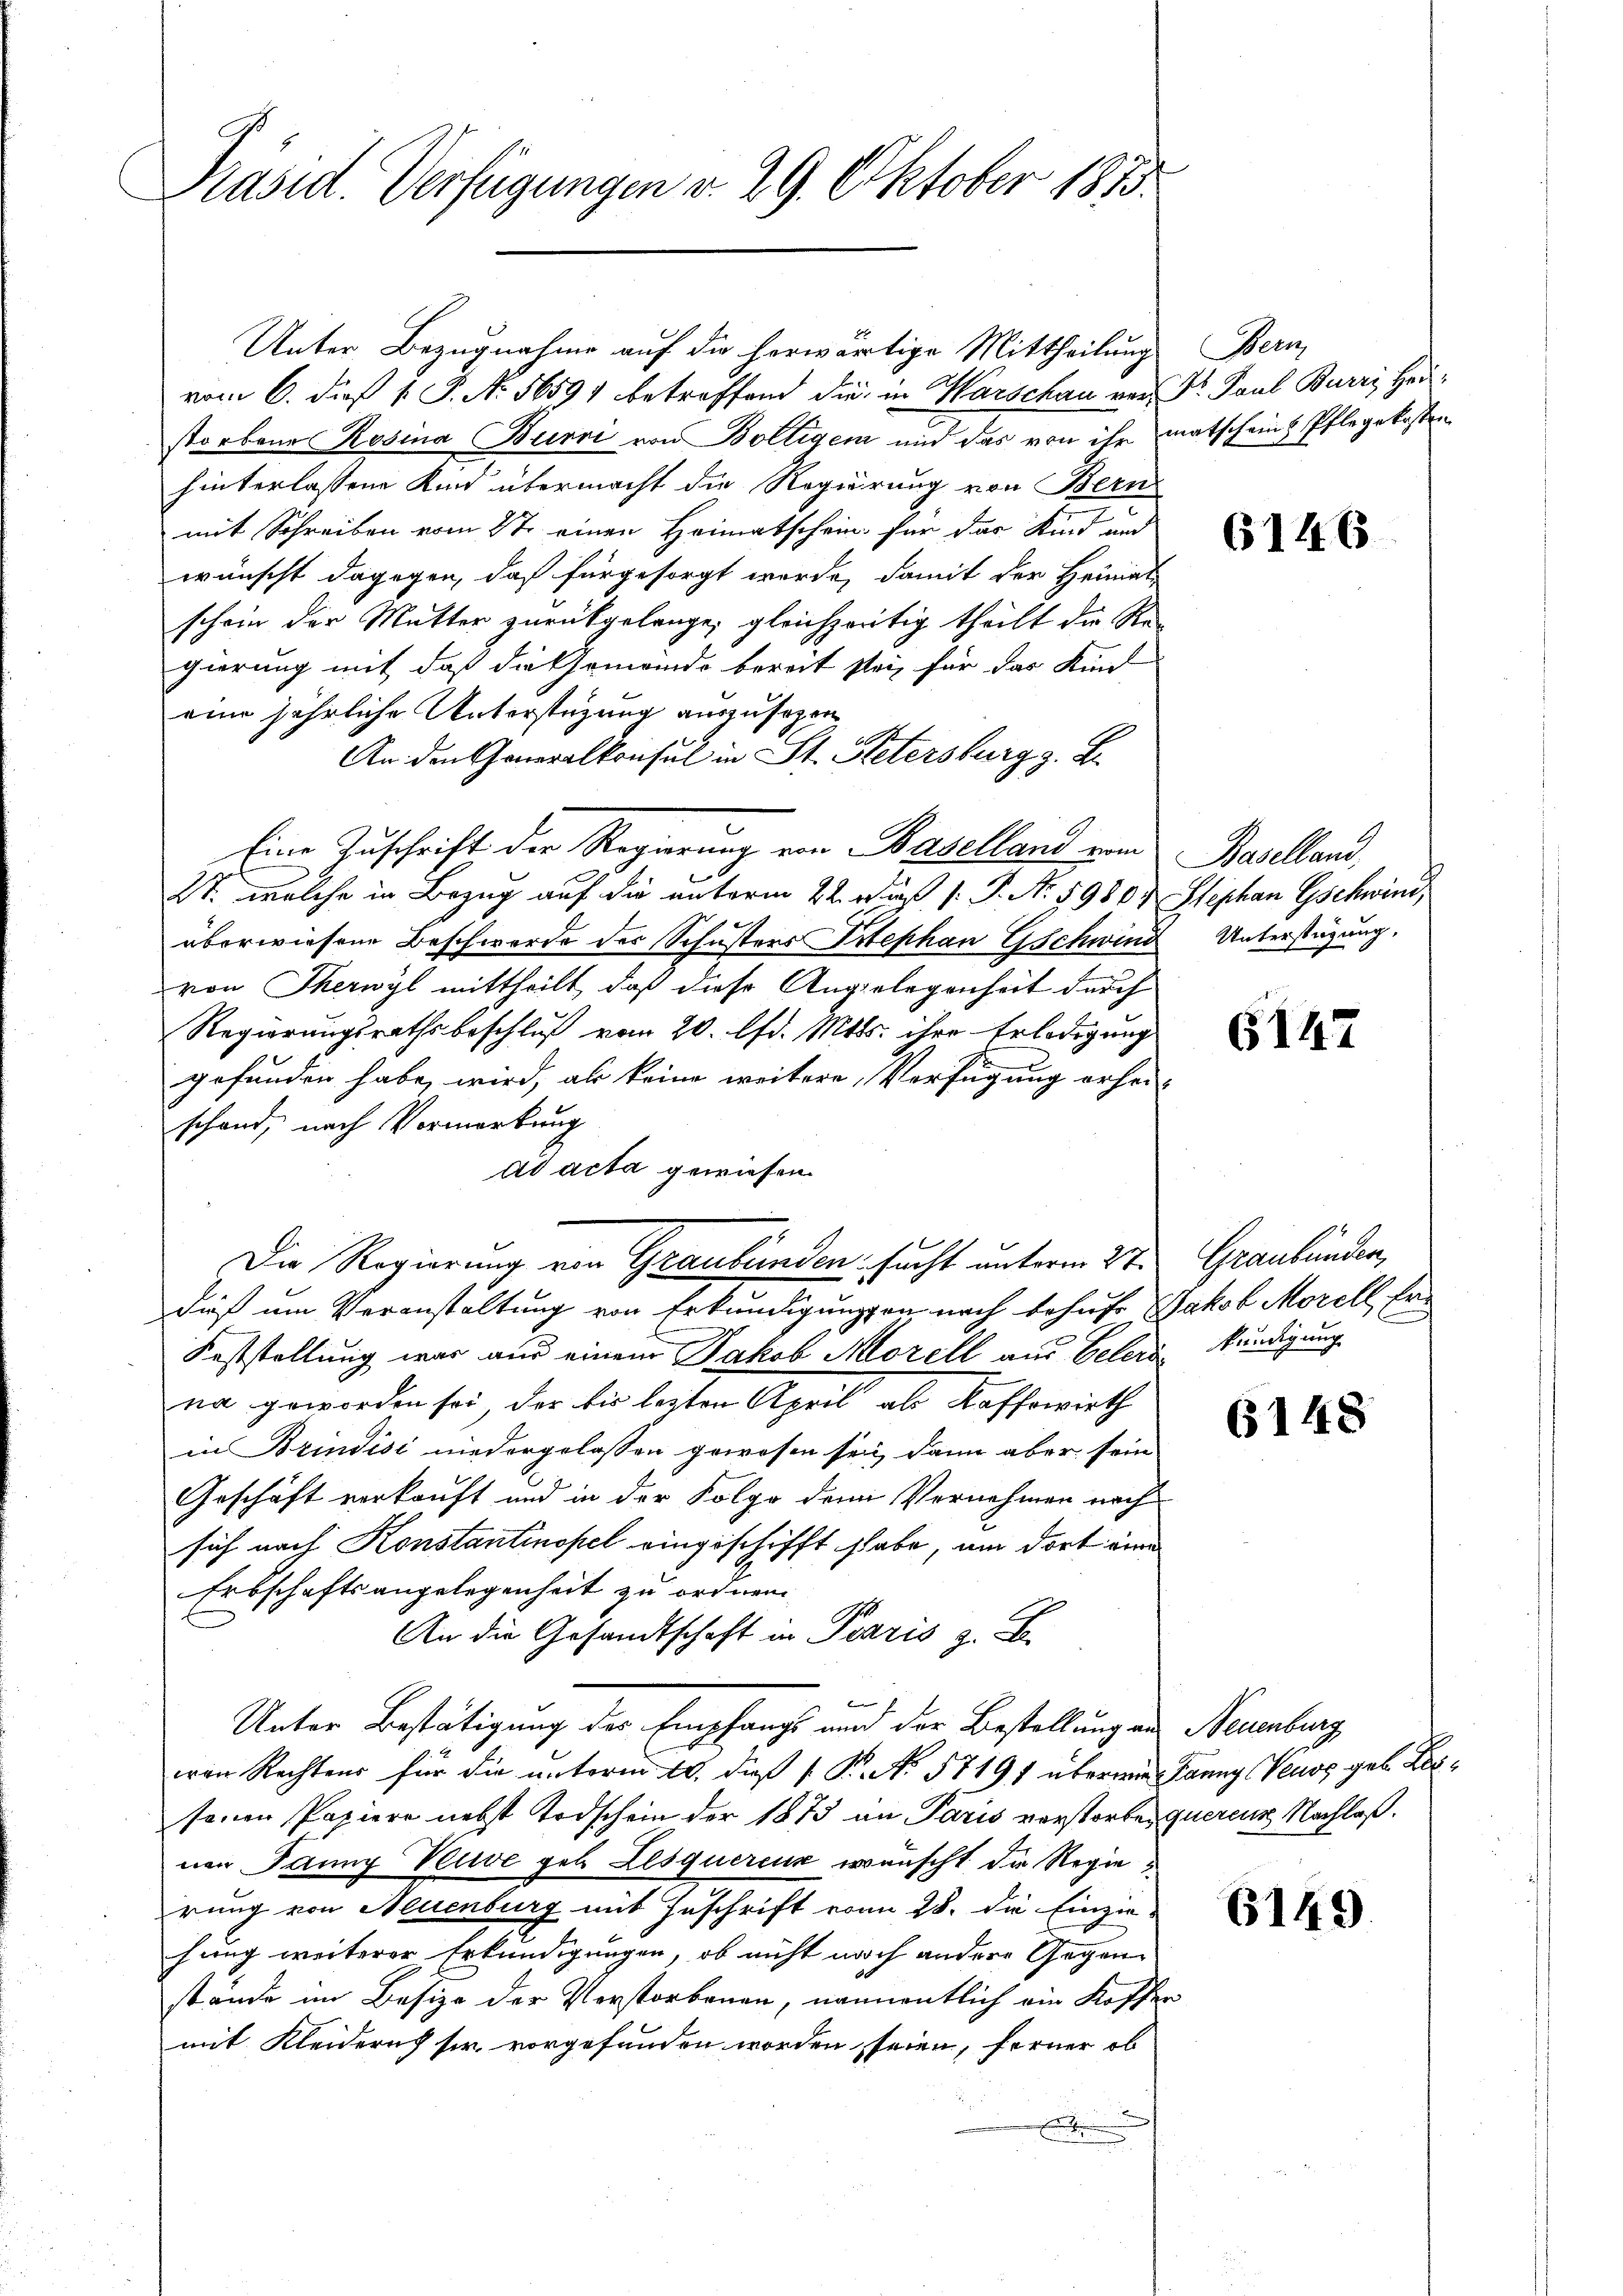
Präsid. Verfügungen v. 29. Oktober 1813.

Unter Bezugnahme auf die herwärtige Mittheilung
vom 6. dieß v. J. No. 5659 betreffend die in Warschau vor Dr. Paul Burri Herstorbene Rosina Burri von Boltigem und das von ihr matschein Pflegekosten
hinterlassene Kind übermacht die Regierung von Bern
mit Schreiben vom 2te einen Heimatschein für das Kind und
wünscht dagegen, daß für gesorgt werde, damit der Heimat-
schein der Mutter zurückgelange, gleichzeitig theilt die Re-
gierung mit daß die Gemeindo bereit sei, für das Kin
eine jährliche Unterstüzung auszusehen
t
An den Generalkonsul in St. Petersburg z. B.
Eine Zuschrift der Regierung von Baselland vom
2t. welche in Bezug auf die unterm 22. Das P. Nr. 5980.
überwiesene Beschwerde der Schusters Titephan Gschwind
von Therwyl mittheilt, daß diese Angelegenheit durch
Regierungsrathsbeschluß vom 20. d. Mtts. ihre Erledigung
gefunden habe, wird, als keine weitere Verfügung erhei-
schand, nach Vormerkung
ad acta gewiesen.
Die Regierung von Graubünden sucht unterm 27.
dieß um Veranstaltung von Erkundigungen nach behufe Jakob Morell, Er¬
Feststellung war aus einem Jakob Morell aus Belers kündigung
na geworden sei der bis lezten April als Kaffowirth
in Brindise niedergelassen gewesen sei, dann aber sein
Geschäft verkauft und in der Folge denn Vernehmen nach
sich nach Konstantinopel eingeschifft habe, um dort eine
Erbschaftsangelegenheit zu ordnen
An die Gesandtschaft in Paris z. B.
Unter Bestätigung des Empfangs und der Bestellung an
ean Rechtens für die unterm 10. daß P. N. 57191 überwie Banng Veuos geb. Lessenen Papiere nebst Todschein der 1873 an Paris verstorben queren Nachlaß.
nen Janny Verwe geb. Lesquerenz wünscht die Regierung von Neuenburg mit Zuschrift von 28. die Einzie-
fung weiterer Erkundigungen, ob nicht noch andere Gegenstände im Besize der Verstorbenen, namentlich ein Koffe
mit Kleidern sie vorgefunden worden seien, ferner ob
.

Bern

6146

Baselland,
Stephan Gschwind,
Unterstüzung,

6147

Graubünden,

e

6148

Neuenburg

6149